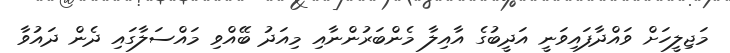
މަޖިލީހަށް ވައްދާފައިވަނީ އަދީބުގެ އާއިލާ މެންބަރުންނާއި މިއަދު ބޭއްވި މައްސަލާގައި ދެން ދައުވާ